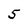
Character: 5